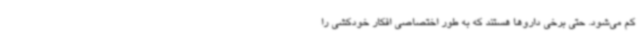
کم می‌شود. حتی برخی داروها هستند که به طور اختصاصی افکار خودکشی را